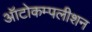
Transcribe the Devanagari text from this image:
ऑटोकम्पलीशन